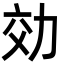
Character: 効